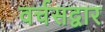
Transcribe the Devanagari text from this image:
वर्चसद्वार